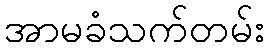
အာမခံသက်တမ်း